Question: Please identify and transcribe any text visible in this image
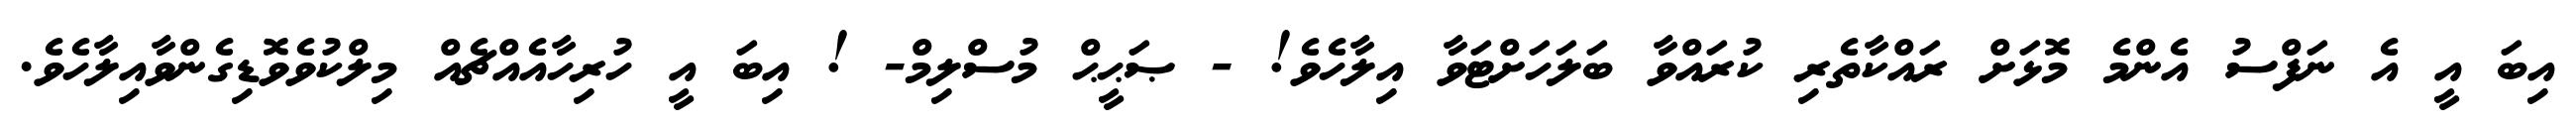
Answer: އިބަ އީ އެ ނަފްސު އެންމެ މޮޅަށް ރައްކާތެރި ކުރައްވާ ބަލަހަށްޓަވާ އިލާހެވެ! - ޞަޙީޙް މުސްލިމް- ! އިބަ އީ ހުރިހާއެއްޗެއް މިލްކުވެވޮޑިގެންވާއިލާހެވެ.